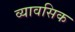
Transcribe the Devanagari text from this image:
व्यावसिक